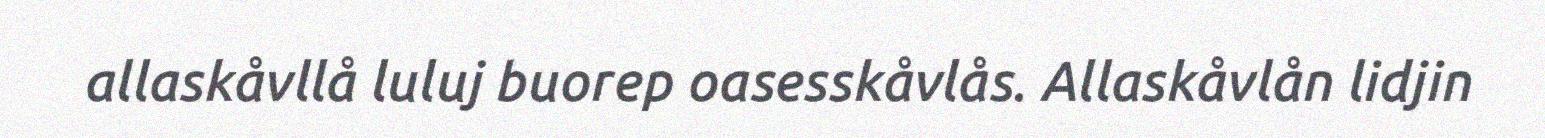
allaskåvllå luluj buorep oasesskåvlås. Allaskåvlån lidjin